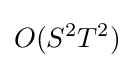
O(S^{2}T^{2})